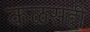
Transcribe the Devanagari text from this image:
कळसही